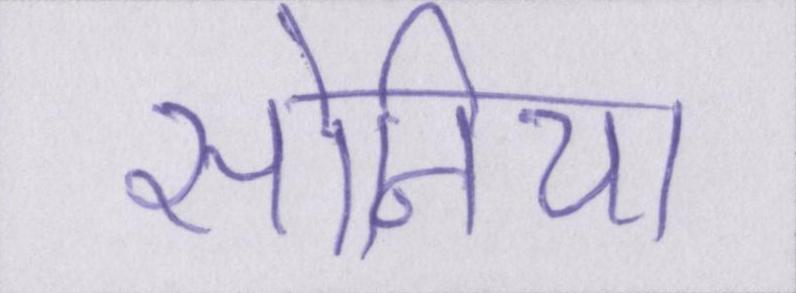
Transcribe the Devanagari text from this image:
सोनिया